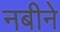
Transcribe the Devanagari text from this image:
नबीने